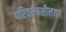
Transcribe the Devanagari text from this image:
परिवर्तनशीलता।